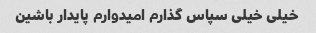
خیلی خیلی سپاس گذارم امیدوارم پایدار باشین